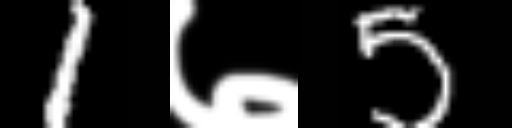
Text: 1७5